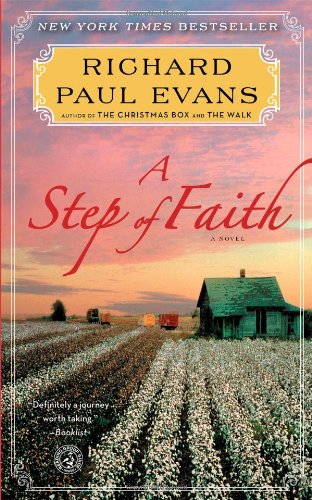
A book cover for A Step of Faith: A Novel (The Walk); Richard Paul Evans; Romance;